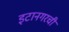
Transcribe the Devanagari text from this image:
इटानगरची